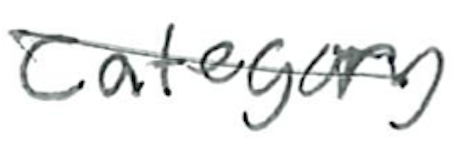
Text: Category
Cross-out: diagonal
Writing tool: ballpoint